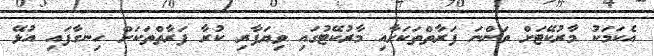
އެކަމަކު މާރުކޭޓަށް ވަންނަ ފަރާތްތަކަށާއި މާރުކޭޓުގައި ވިޔަފާރި ކުރާ ފަރާތްތަކަށް ހިނގާފައި އުޅޭ